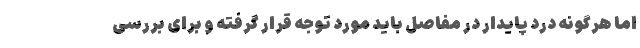
اما هرگونه درد پایدار در مفاصل باید مورد توجه قرار گرفته و برای بررسی